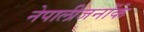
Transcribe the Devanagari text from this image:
नेपालीजनोंके